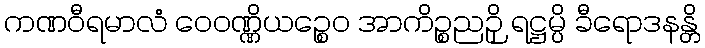
ကဏဝီရမာလံ ဝေဝဏ္ဏိယဉ္စေဝ အာကိဉ္စညဉှိ ရဋ္ဌမ္ပိ ခီရောဒနန္တိ